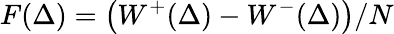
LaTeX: F(\Delta)=\left(W^{+}(\Delta)-W^{-}(\Delta)\right)/N